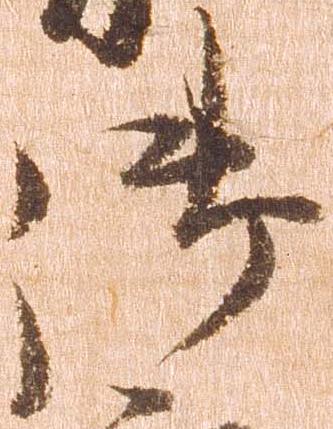
御